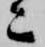
こ